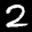
Label: 2